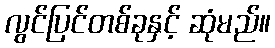
လွင်ပြင်တစ်ခုနှင့် ဆုံမည်။